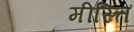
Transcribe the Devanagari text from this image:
मीस्ति